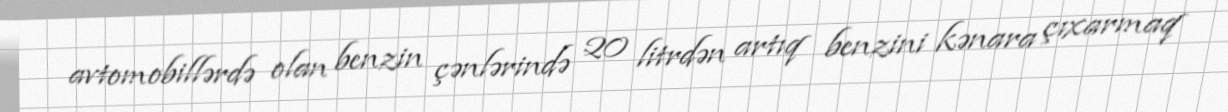
avtomobillərdə olan benzin çənlərində 20 litrdən artıq benzini kənara çıxarmaq